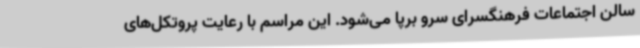
سالن اجتماعات فرهنگسرای سرو برپا می‌شود. این مراسم با رعایت پروتکل‌های